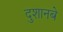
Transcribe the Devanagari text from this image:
दुशानबे